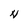
Character: N